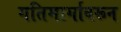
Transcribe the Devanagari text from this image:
गतिमार्गावरून